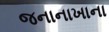
જનાનાખાના